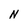
Character: N